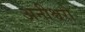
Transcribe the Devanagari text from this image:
अनीश्वरो